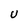
Character: U